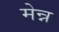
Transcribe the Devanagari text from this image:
मेन्न